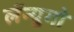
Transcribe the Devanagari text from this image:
लॅन्युगो